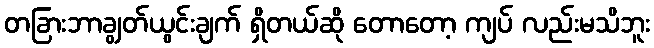
တခြားဘာချွတ်ယွင်းချက် ရှိတယ်ဆို တောတော့ ကျပ် လည်းမသိဘူး